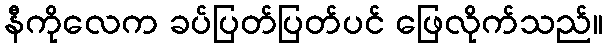
နီကိုလေက ခပ်ပြတ်ပြတ်ပင် ဖြေလိုက်သည်။